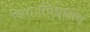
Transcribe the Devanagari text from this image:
विशवविद्यालय